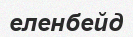
еленбейд